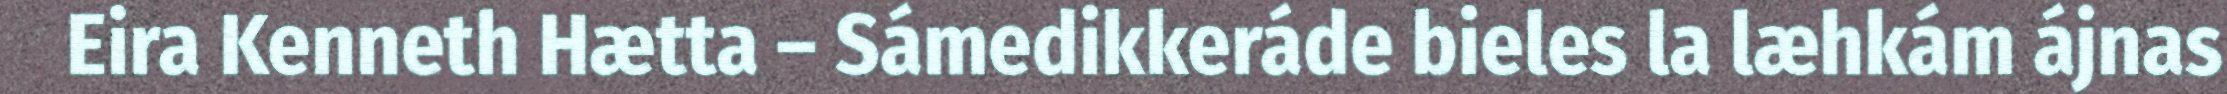
Eira Kenneth Hætta – Sámedikkeráde bieles la læhkám ájnas